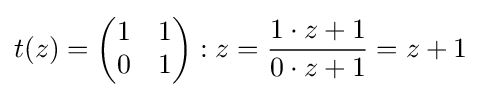
t(z)={\begin{pmatrix}1&1\\0&1\end{pmatrix}}:z={\frac {1\cdot z+1}{0\cdot z+1}}=z+1